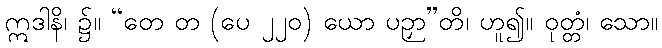
ဣဒါနိ၊ ၌။ “တေ တ (ပေ ၂၂၀) ယော ပဉှာ”တိ၊ ဟူ၍။ ဝုတ္တံ၊ သော။